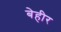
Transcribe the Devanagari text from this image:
बेहीर